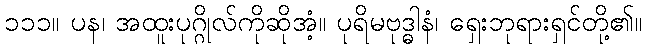
၁၁၁။ ပန၊ အထူးပုဂ္ဂိုလ်ကိုဆိုအံ့။ ပုရိမဗုဒ္ဓါနံ၊ ရှေးဘုရားရှင်တို့၏။